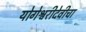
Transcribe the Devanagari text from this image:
योगेश्वरीदेवीचा